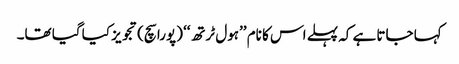
کہا جاتا ہے کہ پہلے اس کا نام ’’ہول ٹرتھ‘‘ (پورا سچ) تجویز کیا گیا تھا۔